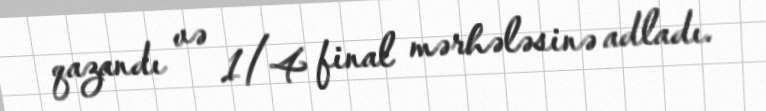
qazandı və 1/4 final mərhələsinə adladı.